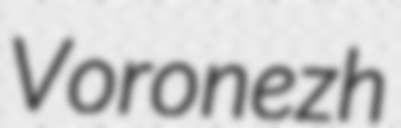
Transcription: Voronezh